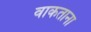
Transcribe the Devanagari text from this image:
वाकताना